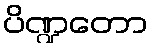
ပိဏ္ဍတော